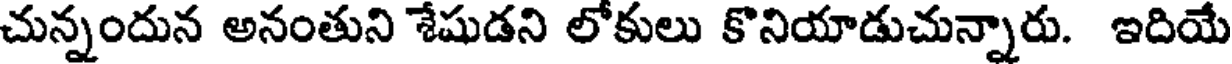
చున్నందున అనంతుని శేషుడని లోకులు కొనియాడుచున్నారు. ఇదియే